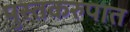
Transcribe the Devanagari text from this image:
पुस्तकरुपात